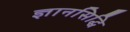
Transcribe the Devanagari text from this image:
ज्ञानसिद्धि